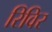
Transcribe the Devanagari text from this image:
रिविर